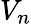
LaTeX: V_{n}